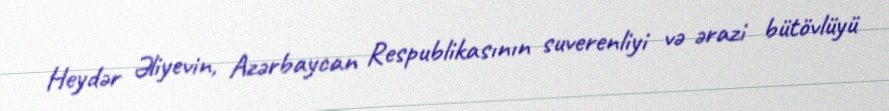
Heydər Əliyevin, Azərbaycan Respublikasının suverenliyi və ərazi bütövlüyü